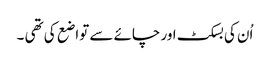
اُن کی بسکٹ اور چائے سے تواضع کی تھی ۔